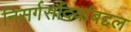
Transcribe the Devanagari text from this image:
निसर्गसौंदर्याबद्दल